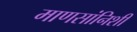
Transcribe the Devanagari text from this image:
माणसांनिशी